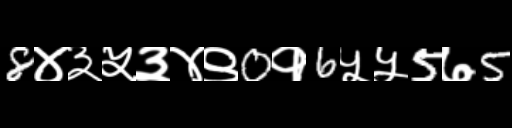
Text: 8४३५३४९0१6५५5७5